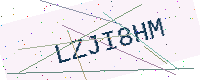
Text: LZJI8HM